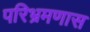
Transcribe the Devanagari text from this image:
परिभ्रमणास